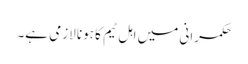
حکمرانی میں اہل ٹیم کا ہونا لازمی ہے۔